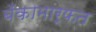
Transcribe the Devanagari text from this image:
बँकामार्फत